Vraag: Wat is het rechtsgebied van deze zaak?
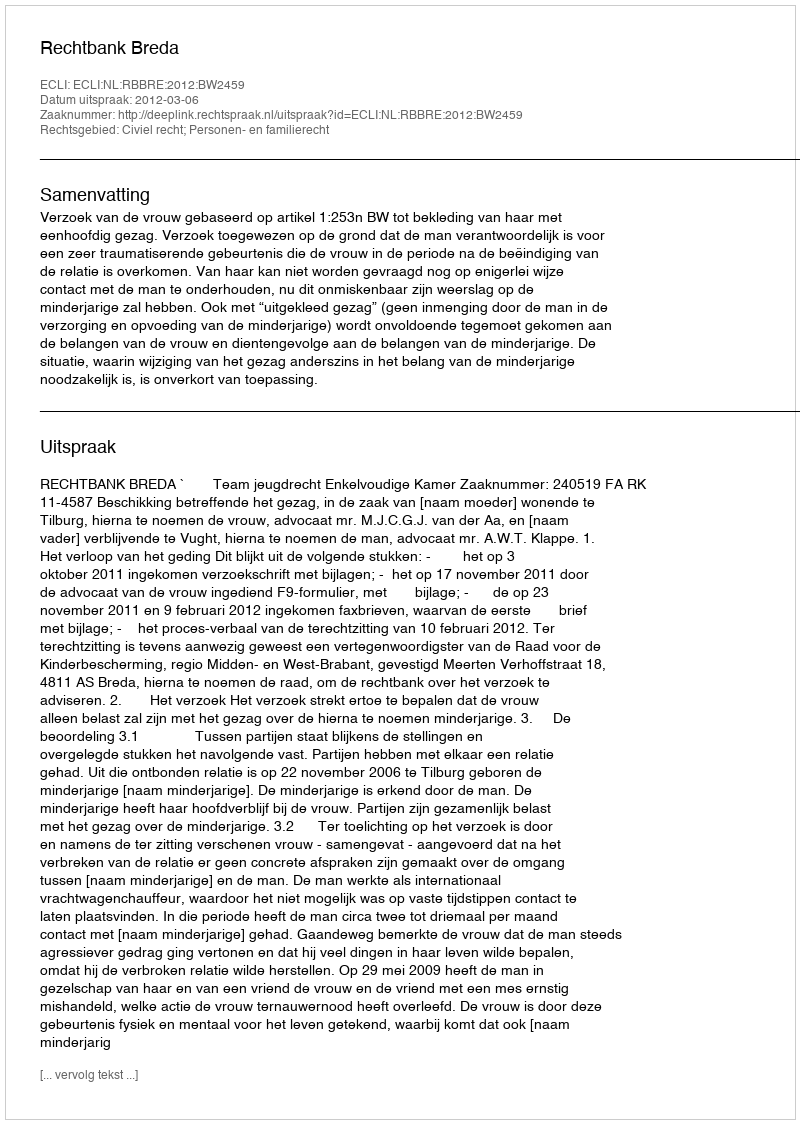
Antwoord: Civiel recht; Personen- en familierecht